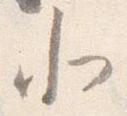
北